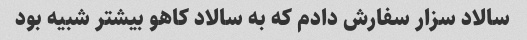
سالاد سزار سفارش دادم که به سالاد کاهو بیشتر شبیه بود